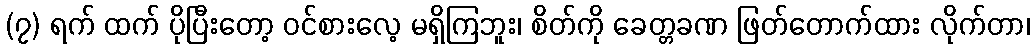
(၇) ရက် ထက် ပိုပြီးတော့ ဝင်စားလေ့ မရှိကြဘူး၊ စိတ်ကို ခေတ္တခဏ ဖြတ်တောက်ထား လိုက်တာ၊